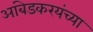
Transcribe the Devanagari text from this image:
आंबेडकरयंच्या